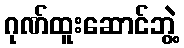
ဂုဏ်ထူးဆောင်ဘွဲ့